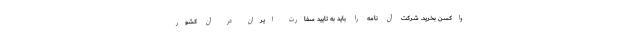
واکسن بخرید. شرکت آن نامه را باید به تایید سفارت ایران در آن کشور